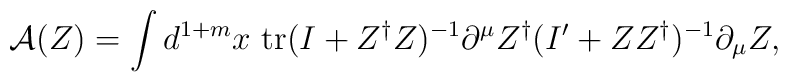
\mbox{$\cal{A}$}(Z)  =\int d^{1+m} x \     \mbox{tr}(I+Z^{\dag}Z)^{-1}\partial^{\mu}Z^{\dag}             (I'+Z Z^{\dag})^{-1}\partial_{\mu}Z,